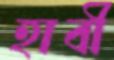
হাবী